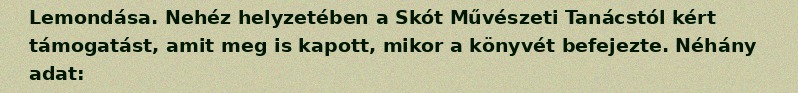
Lemondása. Nehéz helyzetében a Skót Művészeti Tanácstól kért támogatást, amit meg is kapott, mikor a könyvét befejezte. Néhány adat: